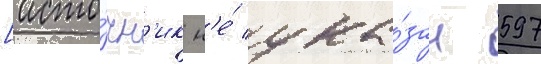
[исто́чн'ик н'е́ ука́зан 597